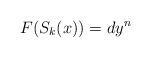
LaTeX: \begin{align*}F(S_{k}(x))=dy^{n}\end{align*}